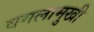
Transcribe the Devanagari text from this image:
वगलामुखी